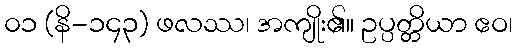
၀၁ (နိ-၁၄၃) ဖလဿ၊ အကျိုး၏။ ဥပ္ပတ္တိယာ ဧဝ၊